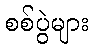
စစ်ပွဲများ